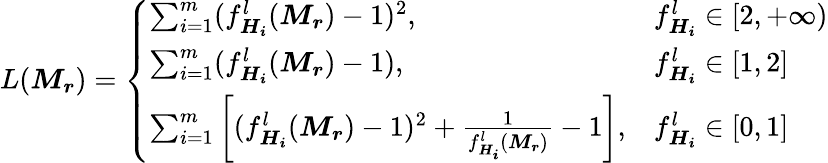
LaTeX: L(\boldsymbol{M_{r}})=\left\{ \begin{array}{ll}{\sum_{i=1}^{m}(f_{\boldsymbol{H_{i}}}^{l}(\boldsymbol{M_{r}})-1)^{2},}&{f_{\boldsymbol{H_{i}}}^{l}\in[2,+\infty)}\\ {\sum_{i=1}^{m}(f_{\boldsymbol{H_{i}}}^{l}(\boldsymbol{M_{r}})-1),}&{f_{\boldsymbol{H_{i}}}^{l}\in[1,2]}\\ {\sum_{i=1}^{m}\left[(f_{\boldsymbol{H_{i}}}^{l}(\boldsymbol{M_{r}})-1)^{2}+\frac{1}{f_{\boldsymbol{H_{i}}}^{l}(\boldsymbol{M_{r}})}-1\right],}&{f_{\boldsymbol{H_{i}}}^{l}\in[0,1]}\end{array}\right.